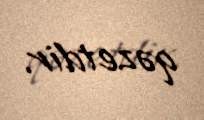
qəzetdir.